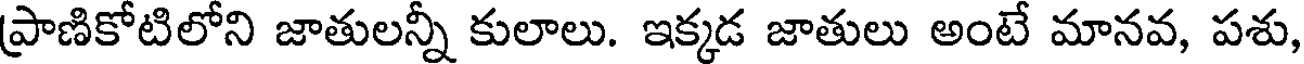
ప్రాణికోటిలోని జాతులన్నీ కులాలు. ఇక్కడ జాతులు అంటే మానవ, పశు,